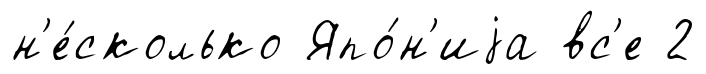
н'е́сколько Япо́н'иjа вс'е 2